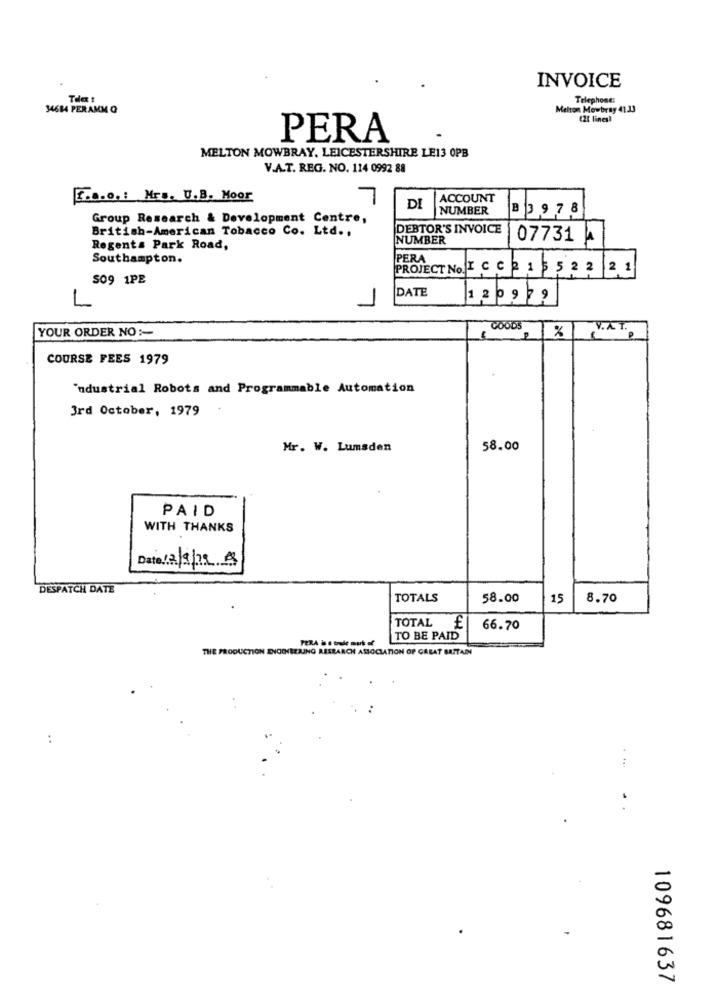
INVOICE
Tele !
Telephone:
34614 PERAMM Q
Melton Mowbray 41.33
(21 lines!
PERA
MELTON MOWBRAY, LEICESTERSHIRE LE13 OPB
V.A.T. REG. NO. 114 0992 88
[ ... o .: Mr .. U.B. Moor
7
ACCOUNT
DI
NUMBER
B3 978
Group Research & Development Centre,
British-American Tobacco Co. Ltd .,
DEBTOR'S INVOICE
NUMBER
07731 A
Regents Park Road,
Southampton.
PERA
PROJECT No. I C C 2 1 5 5 2 2 2 1
SO9 1PE
DATE
1 2 09 79
L
YOUR ORDER NO :-
GOODS
%
V.A. T.
COURSE FEES 1979
"ndustrial Robots and Programmable Automation
3rd October, 1979
Mr. W. Lumsden
58.00
PAID
WITH THANKS
Date 12/9/19 8
DESPATCH DATE
TOTALS
58.00
15
8.70
TOTAL
£
66.70
PERA is a trade murk of
TO BE PAID
THE PRODUCTION ENGINEERING RESEARCH ASSOCIATION OF GREAT BRITAIN
:
....
109681637